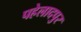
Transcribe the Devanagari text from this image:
पहेलादपुर